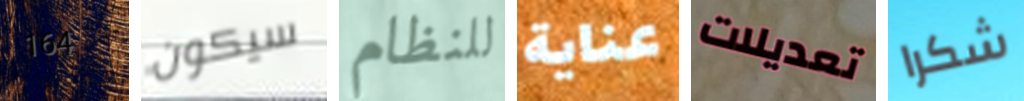
164 سيكون للنظام عناية تعديلات شكرا